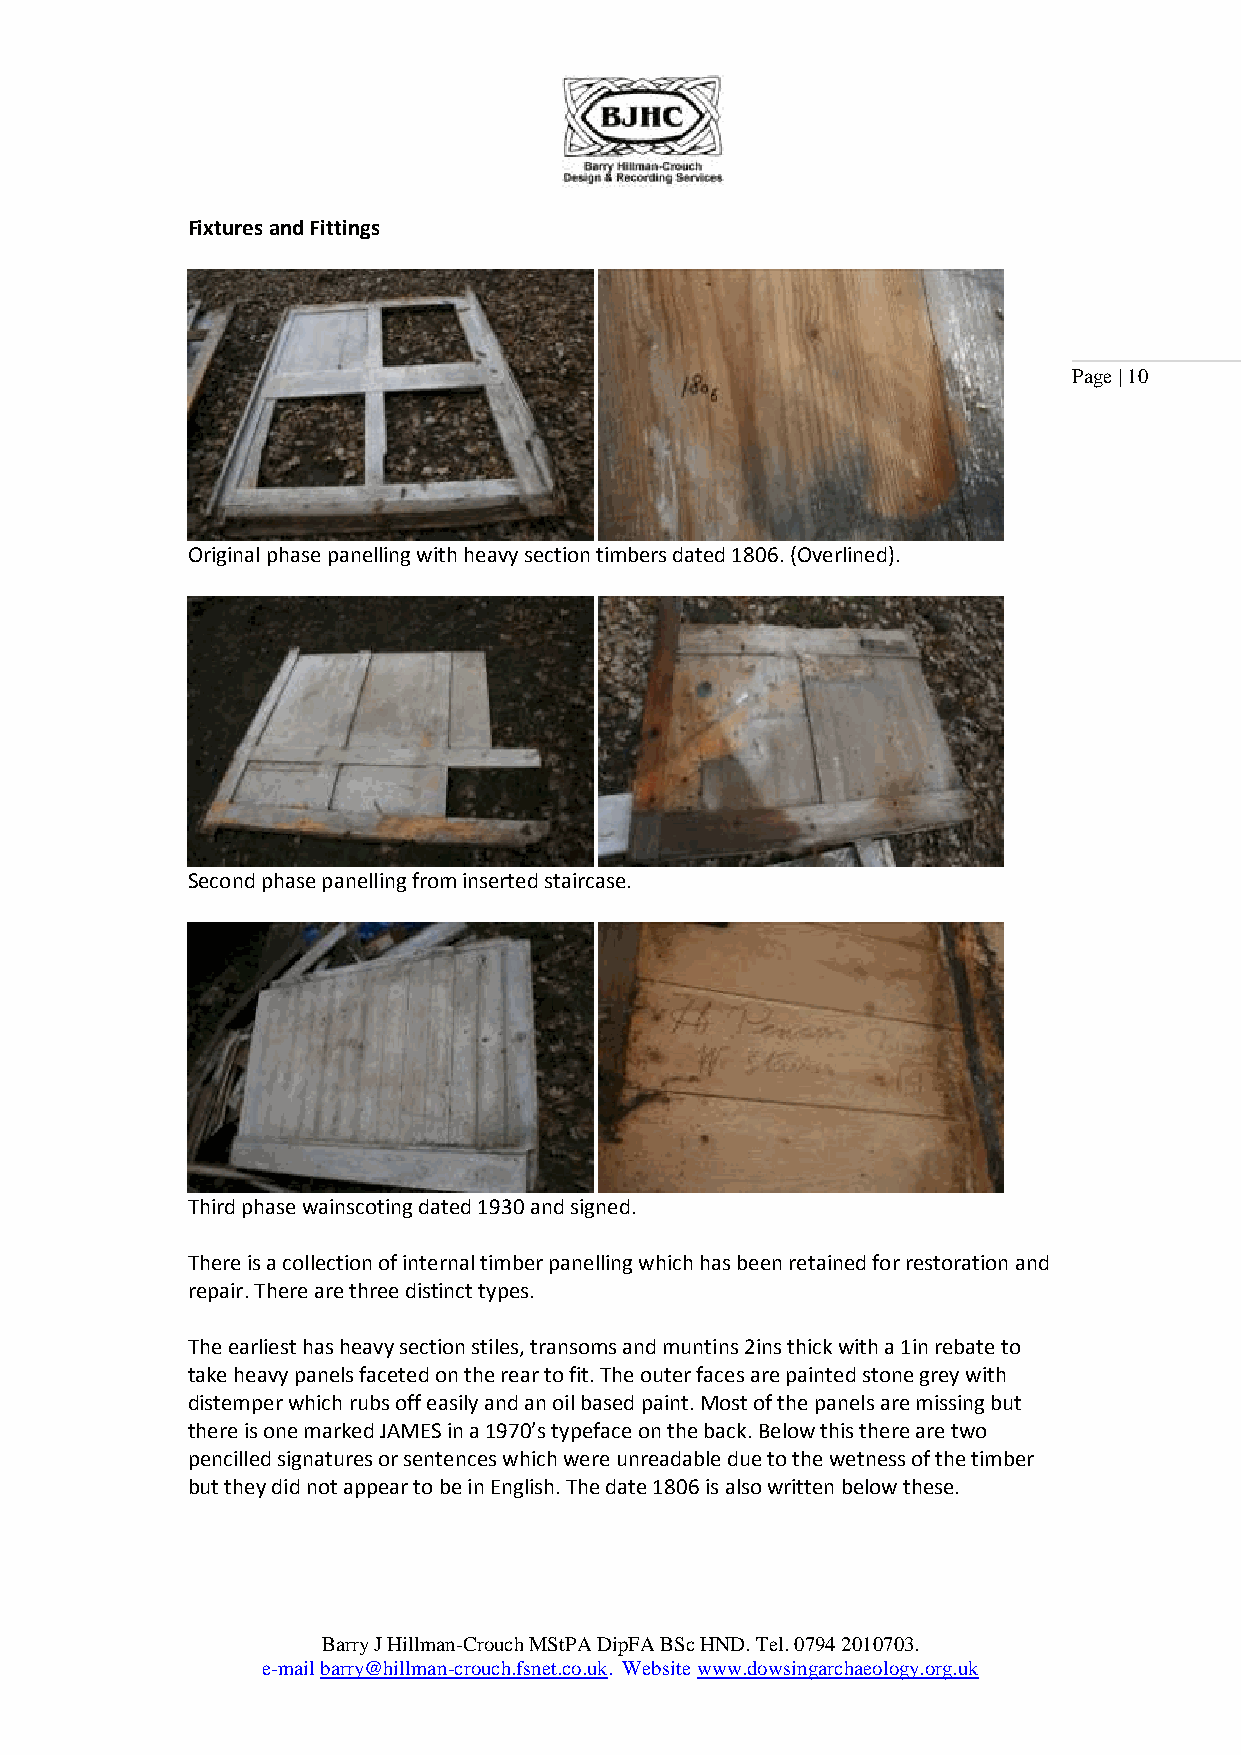
Fixtures and Fittings
 Page | 10
 Original phase panelling with heavy section timbers dated 1806. (Overlined).
 Second phase panelling from inserted staircase.
 Third phase wainscoting dated 1930 and signed.
 There is a collection of internal timber panelling which has been retained for restoration and
 repair. There are three distinct types.
 The earliest has heavy section stiles, transoms and muntins 2ins thick with a 1in rebate to
 take heavy panels faceted on the rear to fit. The outer faces are painted stone grey with
 distemper which rubs off easily and an oil based paint. Most of the panels are missing but
 there is one marked JAMES in a 1970’s typeface on the back. Below this there are two
 pencilled signatures or sentences which were unreadable due to the wetness of the timber
 but they did not appear to be in English. The date 1806 is also written below these.
 Barry J Hillman-Crouch MStPA DipFA BSc HND. Tel. 0794 2010703.
 e-mail barry@hillman-crouch.fsnet.co.uk. Website www.dowsingarchaeology.org.uk